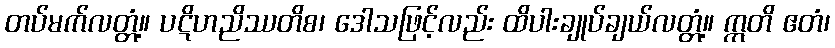
တပ်မက်လတ္တံ့။ ပဋိဟညိဿတိစ၊ ဒေါသဖြင့်လည်း ထိပါးချုပ်ချယ်လတ္တံ့။ ဣတိ ဧတံ၊